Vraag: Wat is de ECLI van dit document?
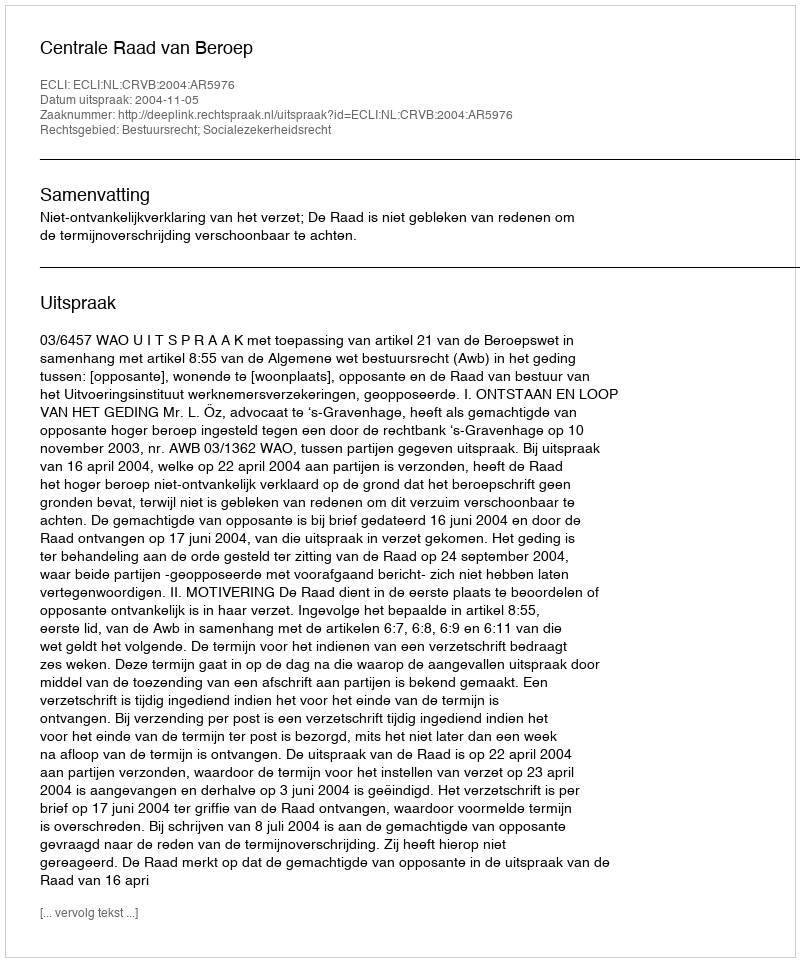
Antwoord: ECLI:NL:CRVB:2004:AR5976